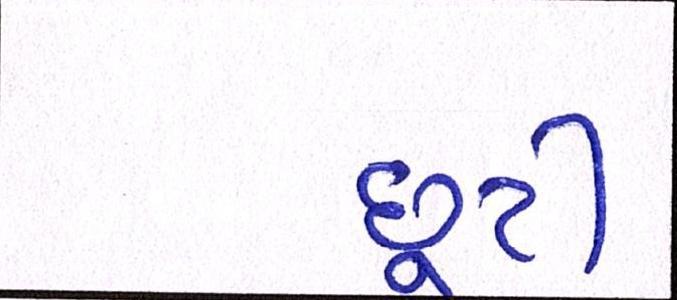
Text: છૂટી